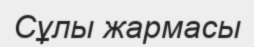
Сұлы жармасы